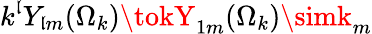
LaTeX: k^{\mathfrak{l}}Y_{\mathfrak{l}m}(\Omega_{k})\tokY_{1m}(\Omega_{k})\simk_{m}